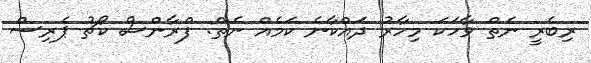
ރިބެރީ ނެތް ވާހަކަ މިހާރު ދައްކާނެ ކަމެއް ނެތް: ފްރާންސް ކޯޗު ޕެރިސް